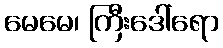
မေမေ၊ ကြီးဒေါ်ရော